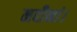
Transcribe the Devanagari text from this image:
नदीनां।